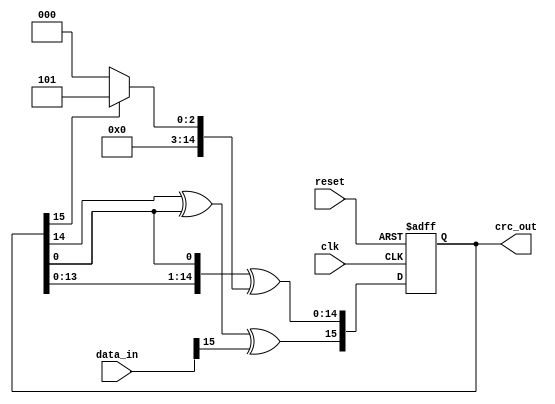
module crc16_parallel (
    input [15:0] data_in,
    input clk,
    input reset,
    output wire [15:0] crc_out
);

reg [15:0] crc_reg;
parameter polynomial = 16'h8005; // CRC-16 polynomial: x^16 + x^15 + x^2 + 1

always @(posedge clk or posedge reset) begin
    if (reset)
        crc_reg <= 16'h0000;
    else begin
        // Calculate next CRC value
        crc_reg[15] <= crc_reg[14] ^ crc_reg[0] ^ data_in[15];
        crc_reg[14:0] <= {crc_reg[13:0], crc_reg[0]} ^ (crc_reg[15] ? polynomial : 0);
    end
end

assign crc_out = crc_reg;

endmodule